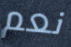
نعم